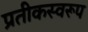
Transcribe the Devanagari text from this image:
प्रतीकस्वरूप